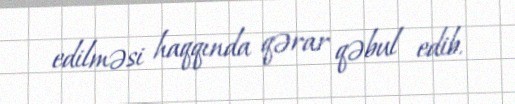
edilməsi haqqında qərar qəbul edib.